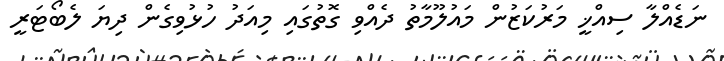
ނަޑެއްލާ ސިއްޚީ މަރުކަޒުން މައުލޫމާތު ދެއްވި ގޮތުގައި މިއަދު ހުޅުވިގެން ދިޔަ ލެބޯޓަރީ